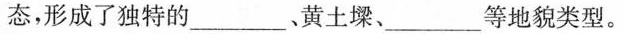
态，形成了独特的\underline。黄土墚、\underline等地貌类型。